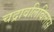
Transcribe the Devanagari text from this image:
चद्रावलिविलास